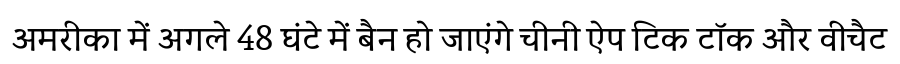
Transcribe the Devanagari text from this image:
अमरीका में अगले 48 घंटे में बैन हो जाएंगे चीनी ऐप टिक टॉक और वीचैट